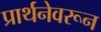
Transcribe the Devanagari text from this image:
प्रार्थनेवरून